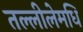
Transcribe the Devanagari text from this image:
तल्लीलेमधि